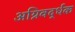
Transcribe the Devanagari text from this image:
अग्निवर्द्धक